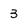
Character: 3